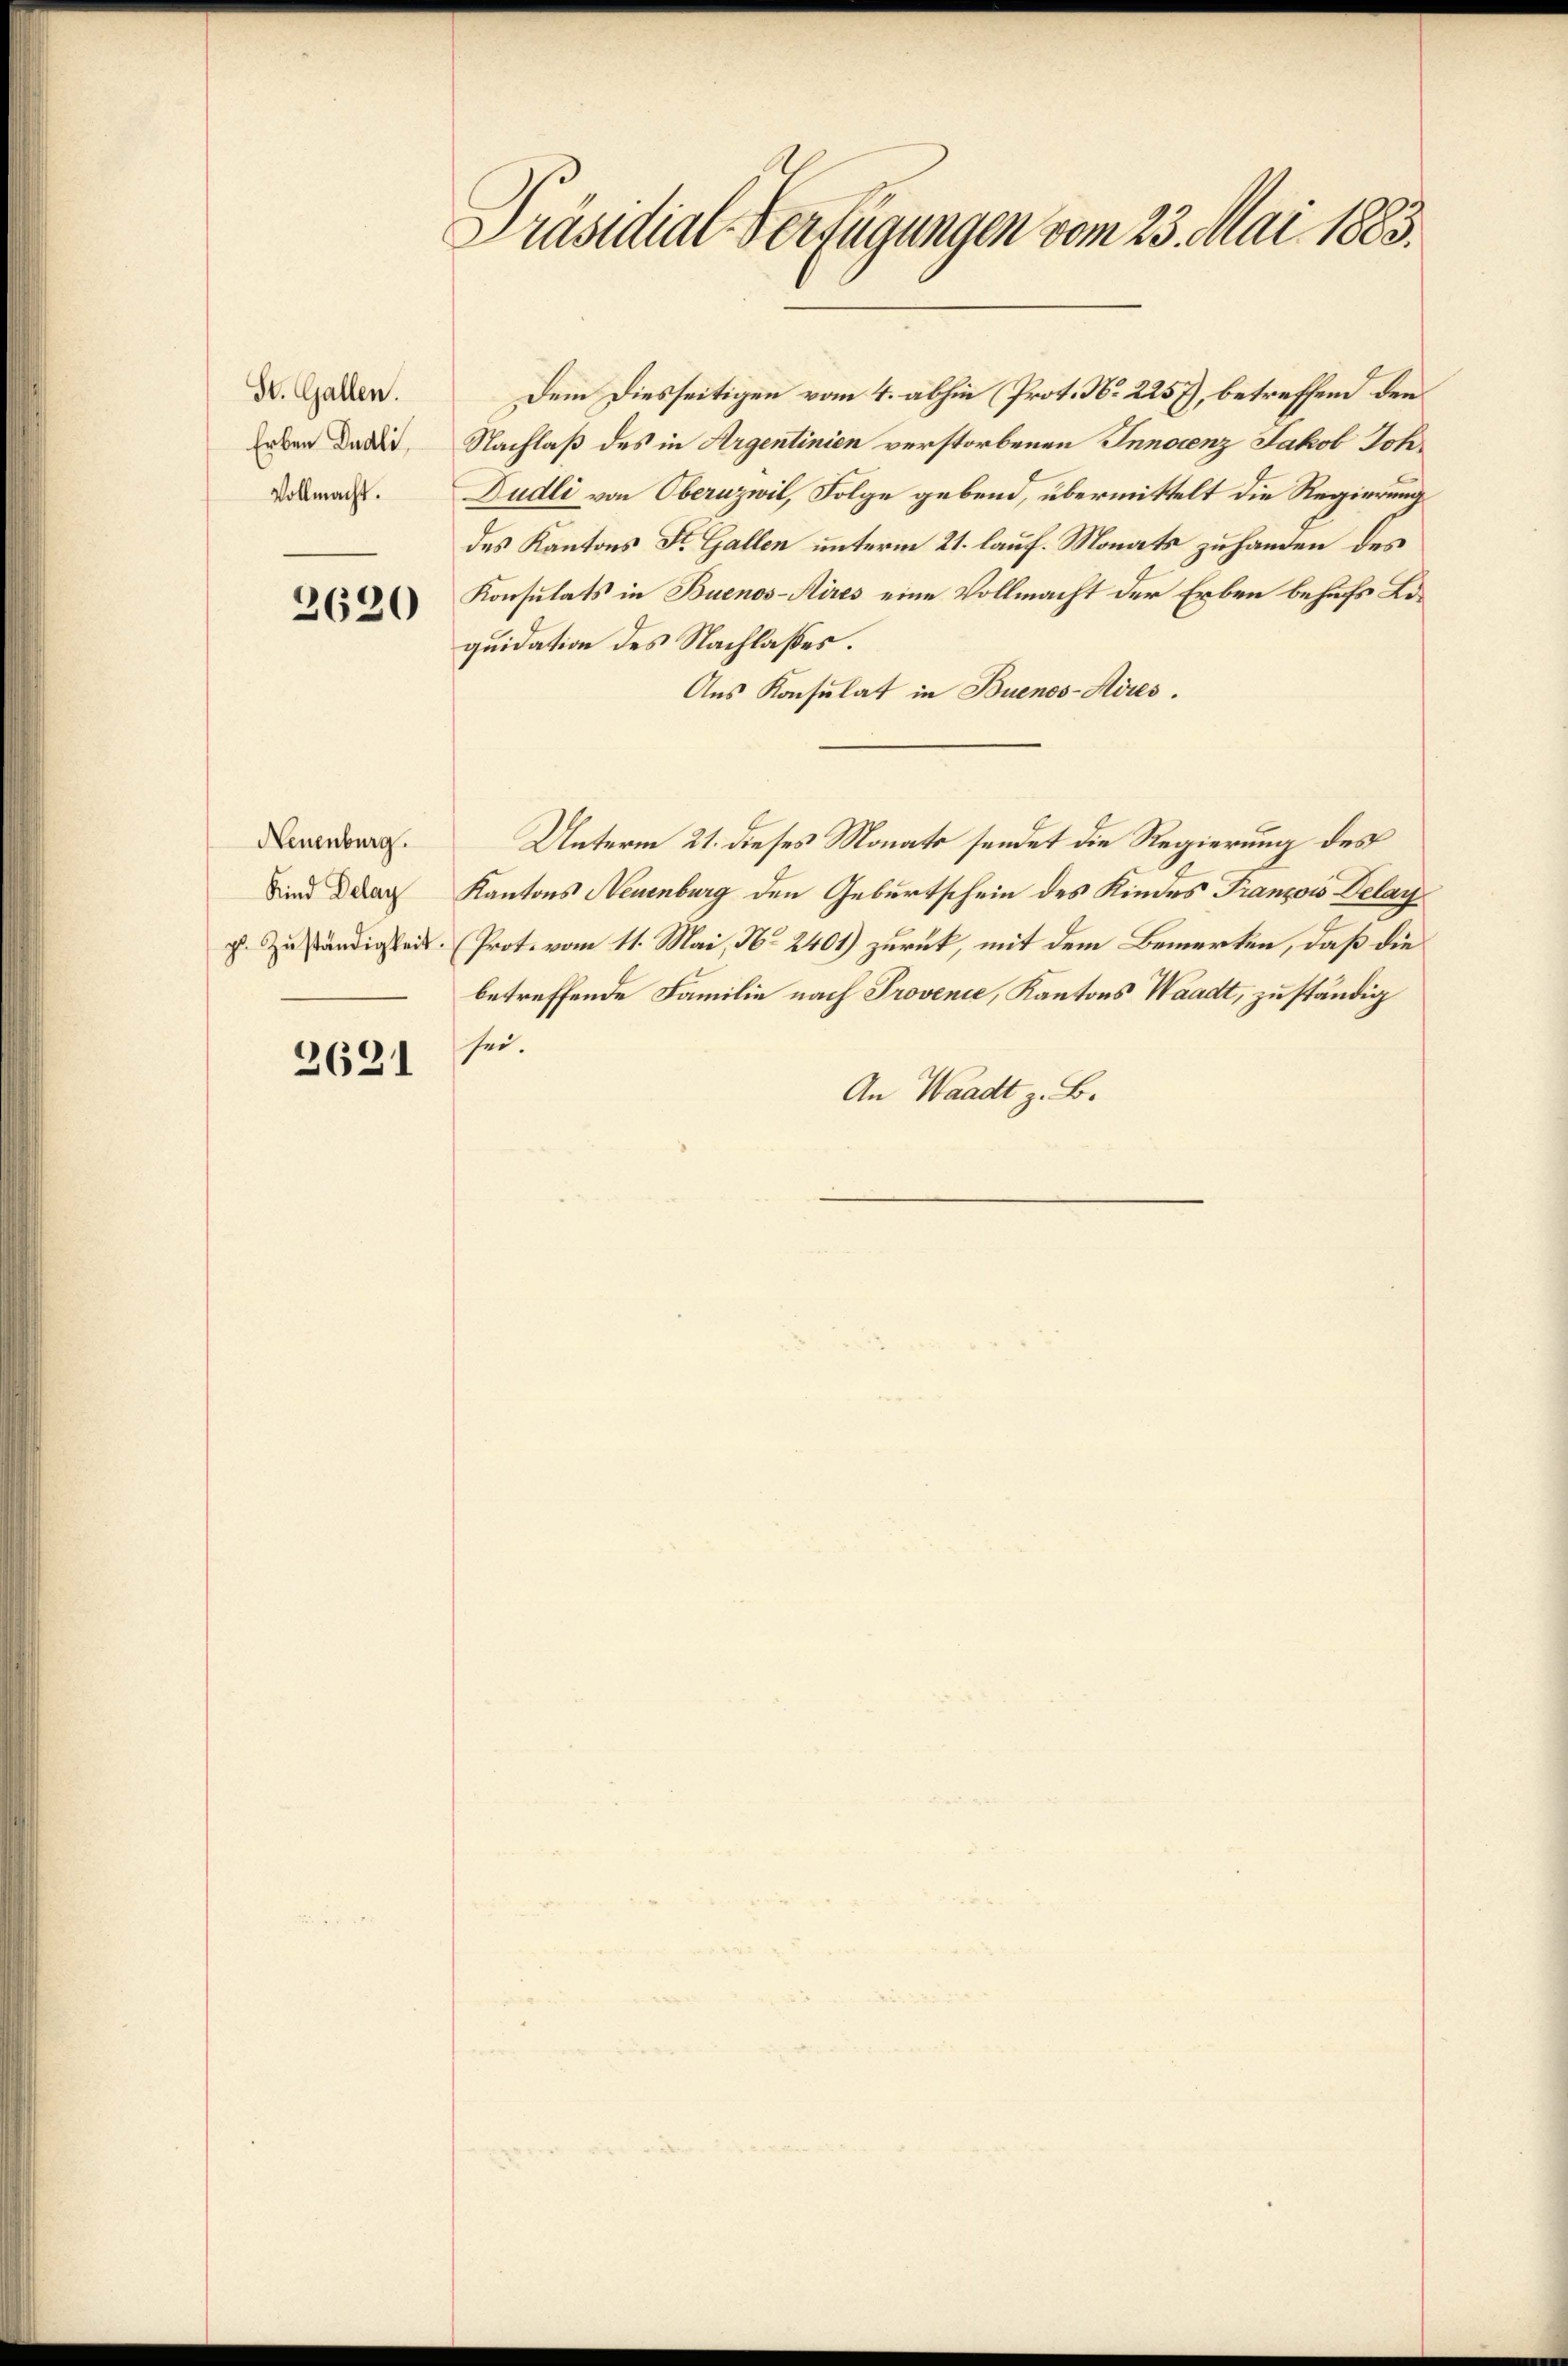
St. Gallen.
Erben Dudli,
Vollmacht.

2620

Neuenburg.
Kind Delay

2621

Präsidial-Verfügungen vom 23. Mai 1883.

Dem Diesseitigen vom 4. abhin Prot. No. 2257), betreffend den
Nachlaß des in Argentinien verstorbenen Innocenz Jakob Joh¬
Dudli von Oberuzwil, Folge gebend, übermittelt die Regierung
des Kantons St. Gallen unterm 21. lauf. Monats zu handen des
Konsulats in Buenos-Aires eine Vollmacht der Erben behufs Lequidation des Nachlasses.
Aus Konsulat in Buenos-Aires.
Unterm 21. dieses Monats sendet die Regierung des
Kantons Neuenburg den Geburtschein des Kindes Franzows Delar
g. Zuständigkeit. (Prot. vom 11. Mai, No 2401) zurück, mit dem Bemerken, daß die
betreffende Familie nach Provenie, Kantons Waadt, zuständig
sei.
An Waadt z. B.